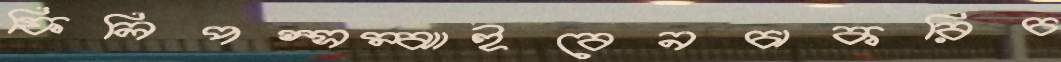
ফিলিপস্সম্‌ঝাইবেনচাকরিচ